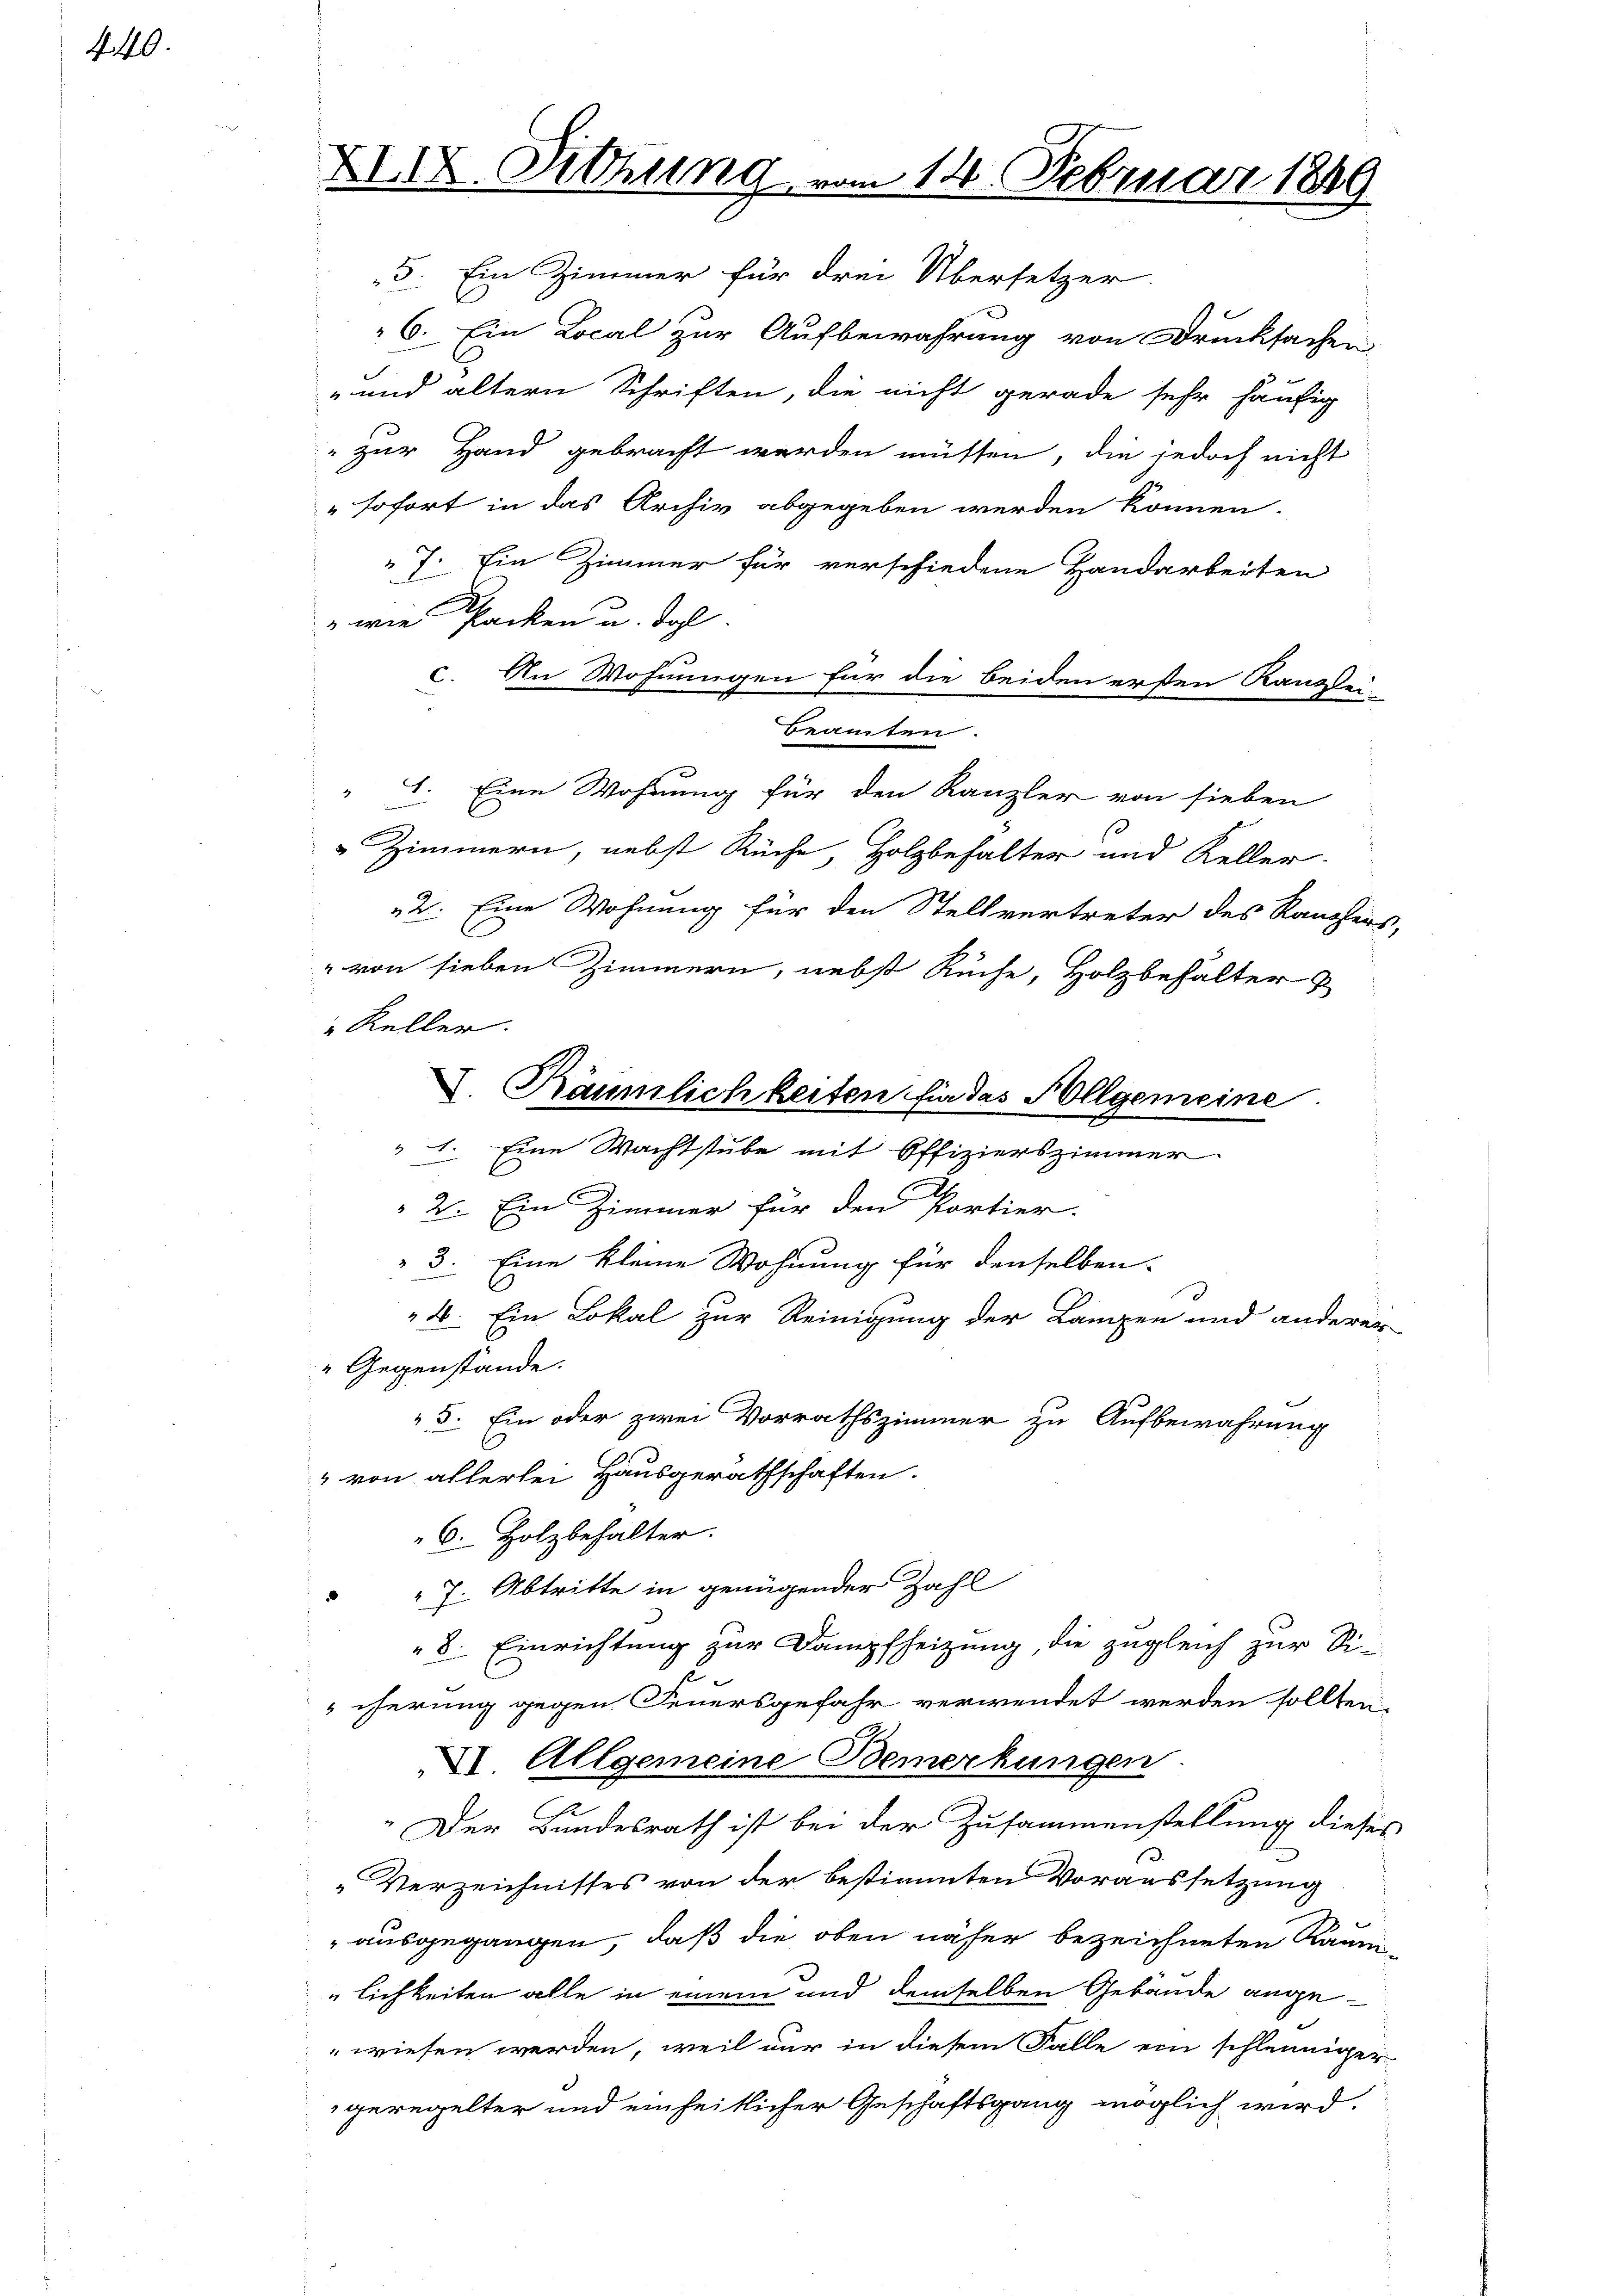
440.

XIX. Sitzung vom 14. Februar 1849

5. Ein Zimmer für drei Übersetzer.
6. Ein Local zur Aufbewahrung von Drucksachen
" und ältern Schriften, die nicht gerade sehr häufig
" zur Hand gebracht werden müssen, die jedoch nicht
" sofort in das Archiv abgegeben werden können.
7. Ein Zimmer für verschiedene Handarbeiten
" wie Packen u. dgl.
c. An Wohnungen für die beiden ersten Kanzlei-
Beamten.
4. Eine Wohnung für den Kanzler von sieben
 Zimmern, nebst Küche, Holzbehalter und Keller.
2. Eine Wohnung für den Stellvertreter des Rauchers,
" von sieben Zimmern, nebst Ruche, Holzbehalter
" Keller.
" 1. Eine Wachtstube mit Offizierszimmer-
2. Ein Zimmer für den Portier.
3. Eine kleine Wohnung für denselben
4. Ein Lokal zur Reinigung der Lampen und anderer
"Gegenstände.
5. Ein oder zwei Vorrathszimmer zu Aufbewahrung
" von allerlei Hausgerathschaften.
6. Holzbehalter.
J. Abtritte in genügender Zahl
8. Einrichtung zur Dampfheizung, die zugleich zur Si-
cherung gegen Feuersgefahr verwendet werden sollten.
XI. Allgemeine Bemerkungen.
„Der Bundesrath ist bei der Zusammenstellung dieses
„Verzeichnisses von der bestimmten Voraussetzung
ausgegangen, daß die oben näher bezeichneten Raum
lichkeiten alle in einem und demselben Gebäude angewiesen werden, weil nur in diesem Falle ein schleuniger
geregelter und einheitlicher Geschaftsgang möglich wird.

I. Räumlichkeiten fir das Allgemeine